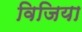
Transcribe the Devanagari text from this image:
विजिया